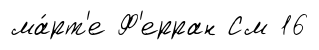
ма́рт'е Ф'ерран См 16